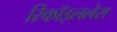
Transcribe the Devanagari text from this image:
रिकॉइललेस